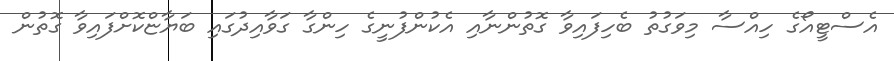
އެސްޓީއޯގެ ހިއްސާ މިވަގުތު ބެހިފައިވާ ގޮތުންނާއި އެކުންފުނީގެ ހިންގާ ގަވާއިދުގައި ބަޔާޏްކޮށްފައިވާ ގޮތުން